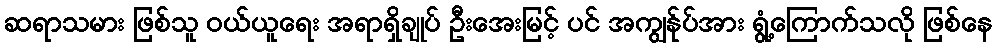
ဆရာသမား ဖြစ်သူ ဝယ်ယူရေး အရာရှိချုပ် ဦးအေးမြင့် ပင် အကျွန်ုပ်အား ရွံ့ကြောက်သလို ဖြစ်နေ